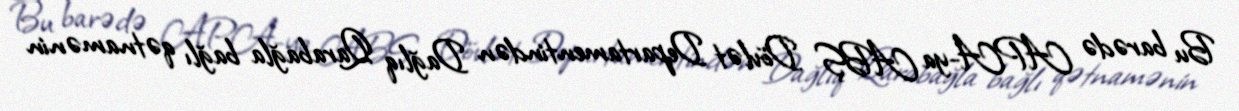
Bu barədə APA-ya ABŞ Dövlət Departamentindən Dağlıq Qarabağla bağlı qətnamənin